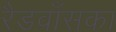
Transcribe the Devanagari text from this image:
रैडवाँसका